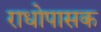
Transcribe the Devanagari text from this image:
राधोपासक